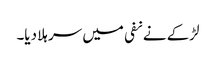
لڑکے نے نفی میں سر ہلا دیا۔